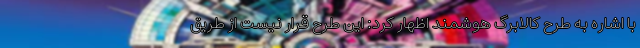
با اشاره به طرح کالابرگ هوشمند اظهار کرد: این طرح قرار نیست از طریق